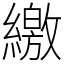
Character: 繳